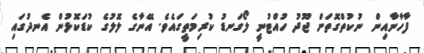
ފާހާނާއިން ނުކުތްގޮތަށް ޖޫދު ހުއްޓުނީ ލޯގަނޑު ކުރިމަތީގައެވެ. އޭނާގެ ލޮލުގެ ކުޑަކޮޅުން އެނދުގައި